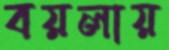
বয়লায়